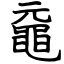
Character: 黿